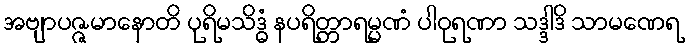
အဗျာပဇ္ဇမာနောတိ ပုရိမသိဒ္ဓံ နပရိတ္တာရမ္မဏံ ပါဝုရဏာ သဒ္ဒါဒိ သာမဏေရ